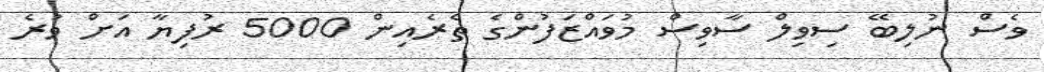
ވެސް ނުލިބޭ ސިވިލް ސާވިސް މުވައްޒަފުންގެ ތެރެއިން 5000 ރުފިޔާ އަށް ވުރެ